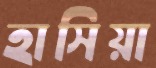
হাসিয়া